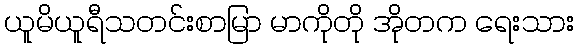
ယူမိယူရီသတင်းစာမြာ မာကိုတို အိုတက ရေးသား